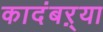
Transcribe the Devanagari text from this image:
कादंबऱ्‍या